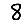
Digit: 8